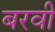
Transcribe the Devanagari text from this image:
बरवी